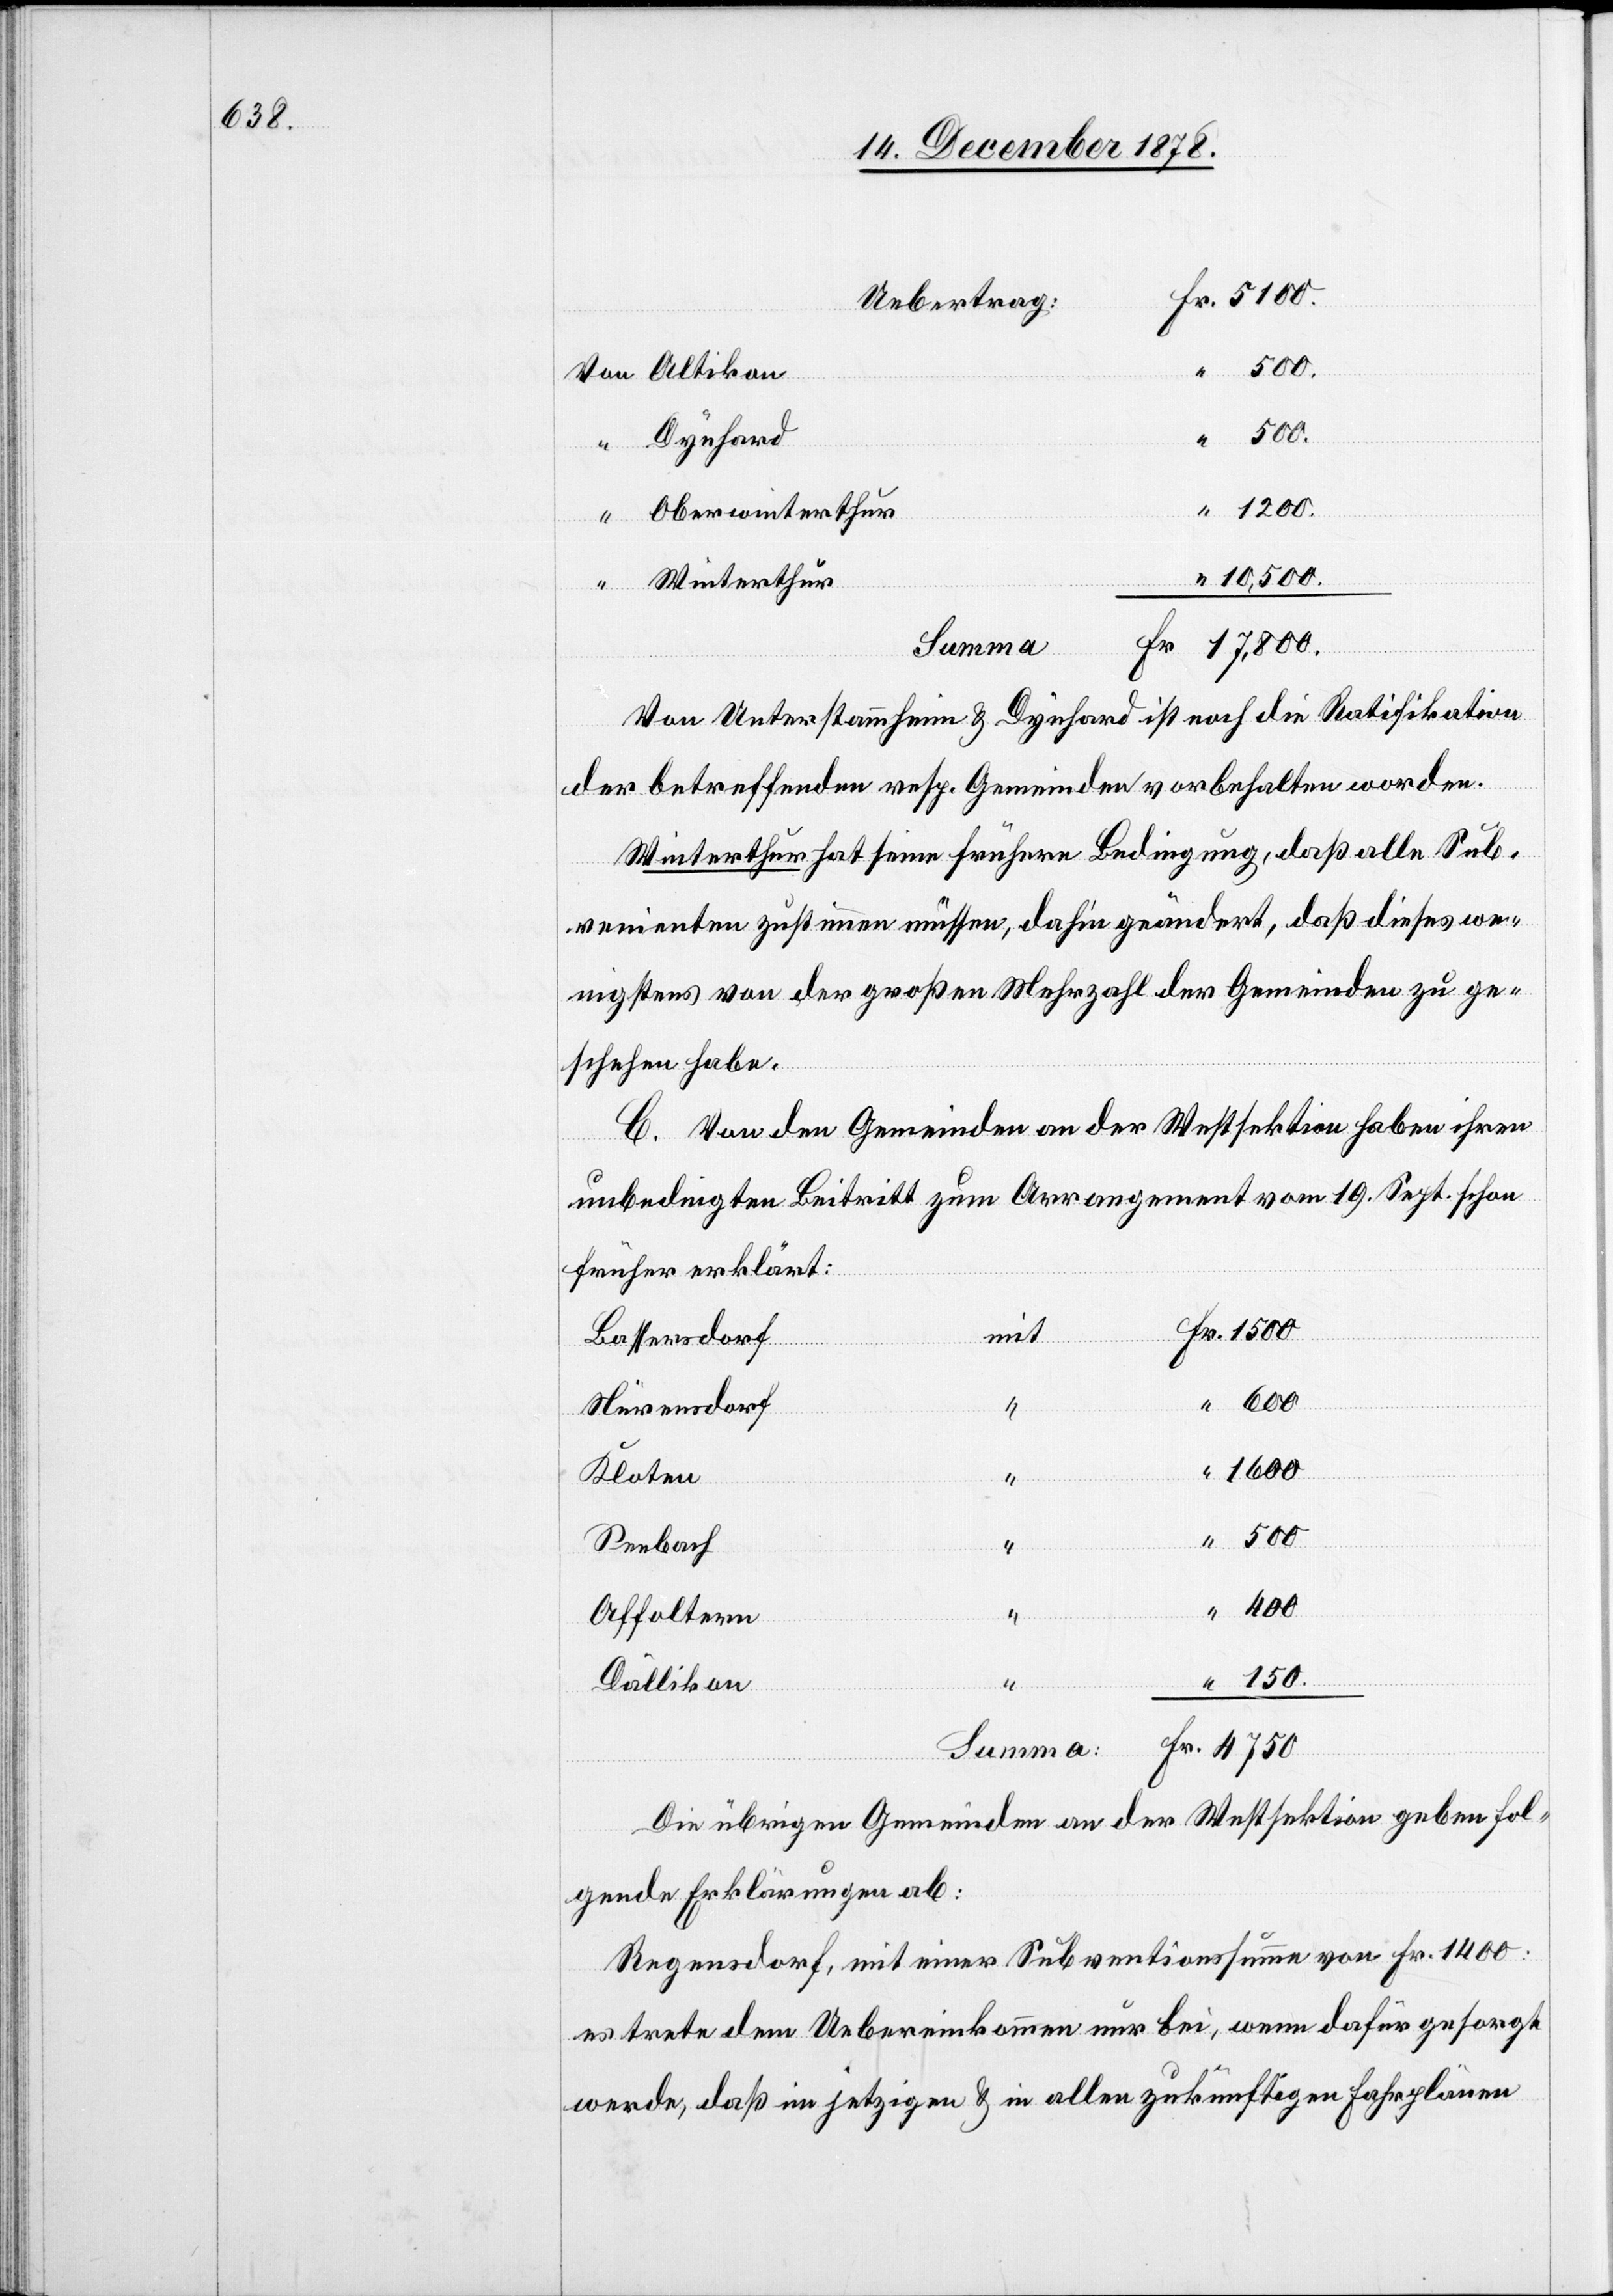
400
Dynhard
“
1200.
Oberwinterthur
10,500.
Winterthur
Summa
Von Unterstammheim & Dynhard ist noch die Ratifikation
der betreffenden resp. Gemeinden vorbehalten worden.
Winterthur hat seine frühere Bedingung, daß alle Sub¬
venienten zustimmen müssen, dahin geändert, daß dieses we¬
nigstens von der großen Mehrzahl der Gemeinden zu ge¬
schehen habe.
C. Von den Gemeinden an der Westsektion haben ihren
unbedingten Beitritt zum Arrangement vom 19. Sept. schon
früher erklärt:
mit
Bassersdorf
Fr.
1500
Nürensdorf
1600
Kloten
Seebach
Affoltern
Dällikon
Die übrigen Gemeinden an der Westsektion geben fol¬
gende Erklärungen ab:
Regensdorf, mit einer Subventionssumme von Fr. 1400:
es trete dem Uebereinkommen nur bei, wenn dafür gesorgt
werde, daß in jetzigen & in allen zukünftigen Fahrplänen